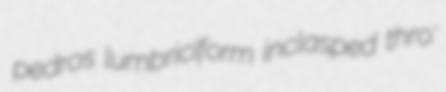
pedros lumbriciform inclasped thro'